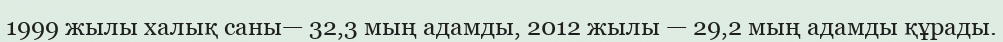
1999 жылы халық саны— 32,3 мың адамды, 2012 жылы — 29,2 мың адамды құрады.